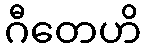
ဂီတေဟိ